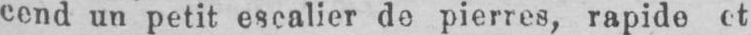
cend un petit escalier de pierres, rapide et